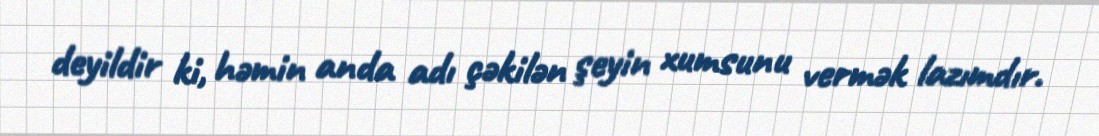
deyildir ki, həmin anda adı çəkilən şeyin xumsunu vermək lazımdır.